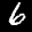
Label: 6